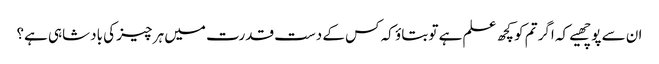
ان سے پوچھیے کہ اگر تم کو کچھ علم ہے تو بتاؤ کہ کس کے دست قدرت میں ہر چیز کی بادشاہی ہے؟